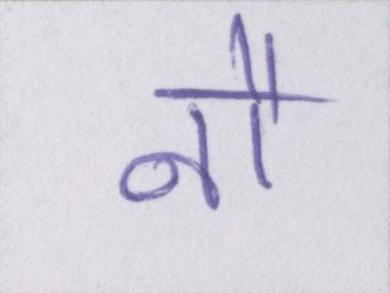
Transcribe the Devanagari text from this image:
नौ